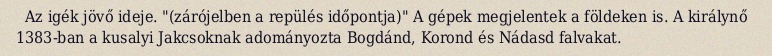
Az igék jövő ideje. "(zárójelben a repülés időpontja)" A gépek megjelentek a földeken is. A királynő 1383-ban a kusalyi Jakcsoknak adományozta Bogdánd, Korond és Nádasd falvakat.